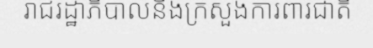
រាជរដ្ឋាភិបាលនិងក្រសួងការពារជាតិ